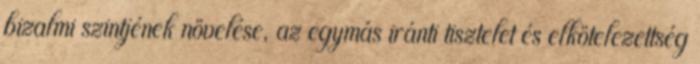
bizalmi szintjének növelése, az egymás iránti tisztelet és elkötelezettség